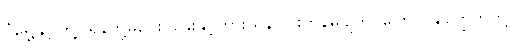
ဝံရွှေနှင့်ကြို့၊ ရန်ဘို့မဝေး၊ ခွေးနှင့်ကားယုန်၊ ငြိုးဟုန်မပျက်၊ ကြောင်နှင့်ကြွက်တို့၊